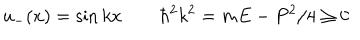
LaTeX: u _ { - } ( x ) = \sin k x \qquad \hbar ^ { 2 } k ^ { 2 } = m E - P ^ { 2 } / 4 \ge 0